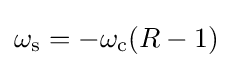
\omega _{\text{s}}=-\omega _{\text{c}}(R-1)